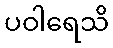
ပဝါရေသိ